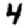
Digit: 4